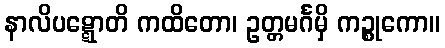
နာလိပဋ္ဋောတိ ကထိတော၊ ဥတ္တမင်္ဂမှိ ကဉ္စုကော။